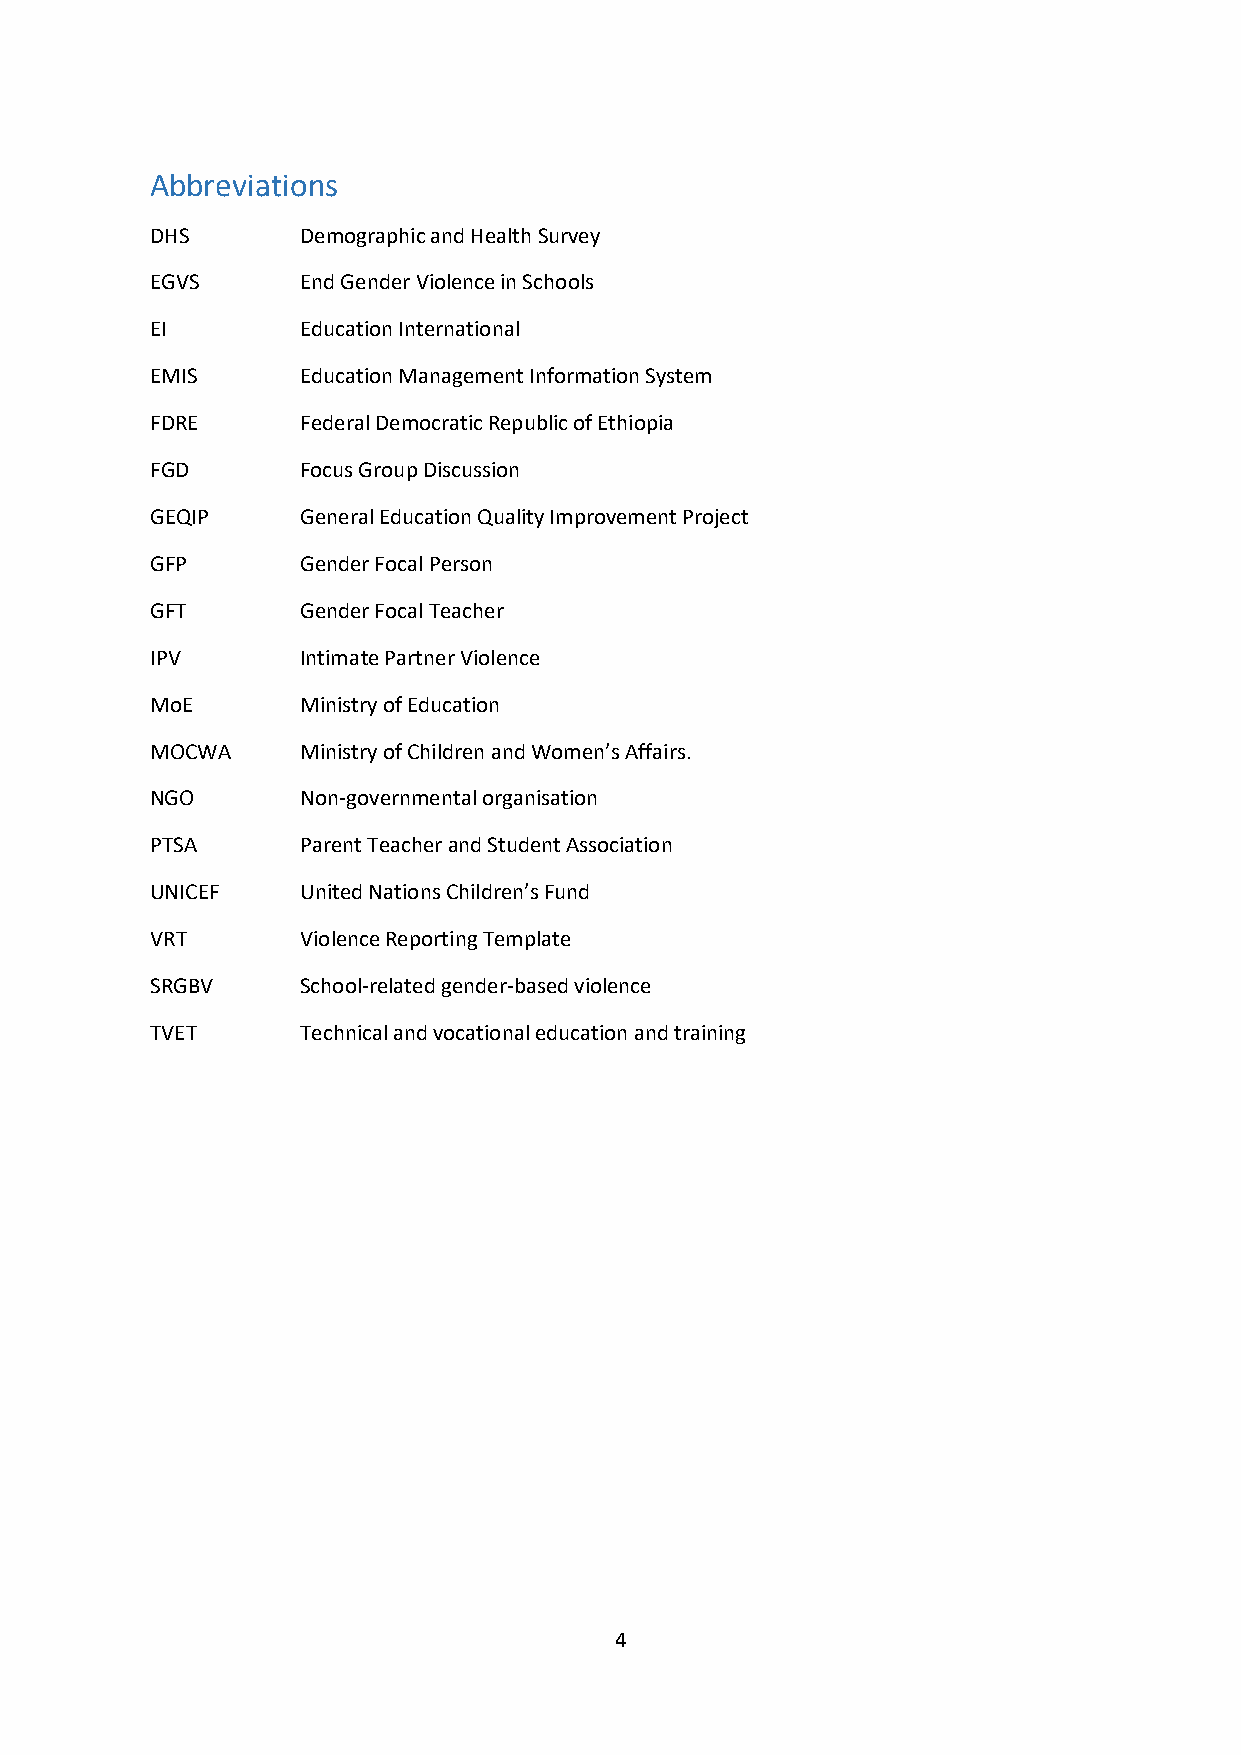
Abbreviations
 DHS       Demographic and Health Survey
 EGVS      End Gender Violence in Schools
 EI        Education International
 EMIS      Education Management Information System
 FDRE      Federal Democratic Republic of Ethiopia
 FGD       Focus Group Discussion
 GEQIP     General Education Quality Improvement Project
 GFP       Gender Focal Person
 GFT       Gender Focal Teacher
 IPV       Intimate Partner Violence
 MoE       Ministry of Education
 MOCWA     Ministry of Children and Women’s Affairs.
 NGO       Non-governmental organisation
 PTSA      Parent Teacher and Student Association
 UNICEF    United Nations Children’s Fund
 VRT       Violence Reporting Template
 SRGBV     School-related gender-based violence
 TVET      Technical and vocational education and training
 4